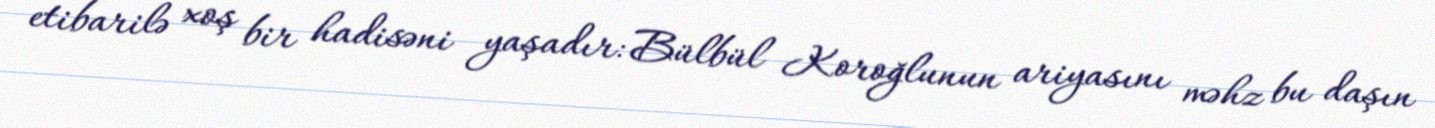
etibarilə xoş bir hadisəni yaşadır: Bülbül Koroğlunun ariyasını məhz bu daşın